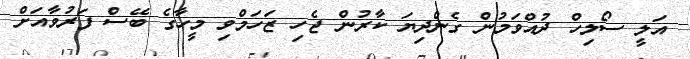
އަލީ ސޯލިހް ދުއްވަމުން ގެންދިޔަ ކާރުން ޖެހި ޒަހަމްވި މީހާގެ ބޭސް ފަރުވާއަށް